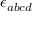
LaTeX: \epsilon _ { a b c d }